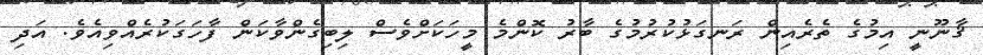
ޤާނޫނީ އިމުގެ ތެރެއިން ރަނގަޅުކުރުމުގެ ބާރު ކޮންމެ މީހަކަށްވެސް ލިބިގެންވާކަން ފާހަގަކުރެއްވިއެވެ. އަދި